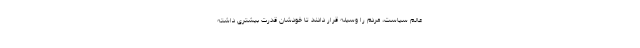
عالم سیاست، مردم را وسیله قرار دادند تا خودشان قدرت بیشتری داشته